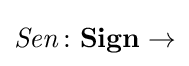
{\mathit {Sen}}\colon \mathbf {Sign} \to